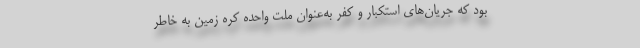
بود که جریان‌های استکبار و کفر به‌عنوان ملت واحده کره زمین به خاطر